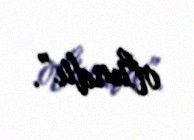
olundu”.